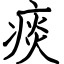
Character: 痰